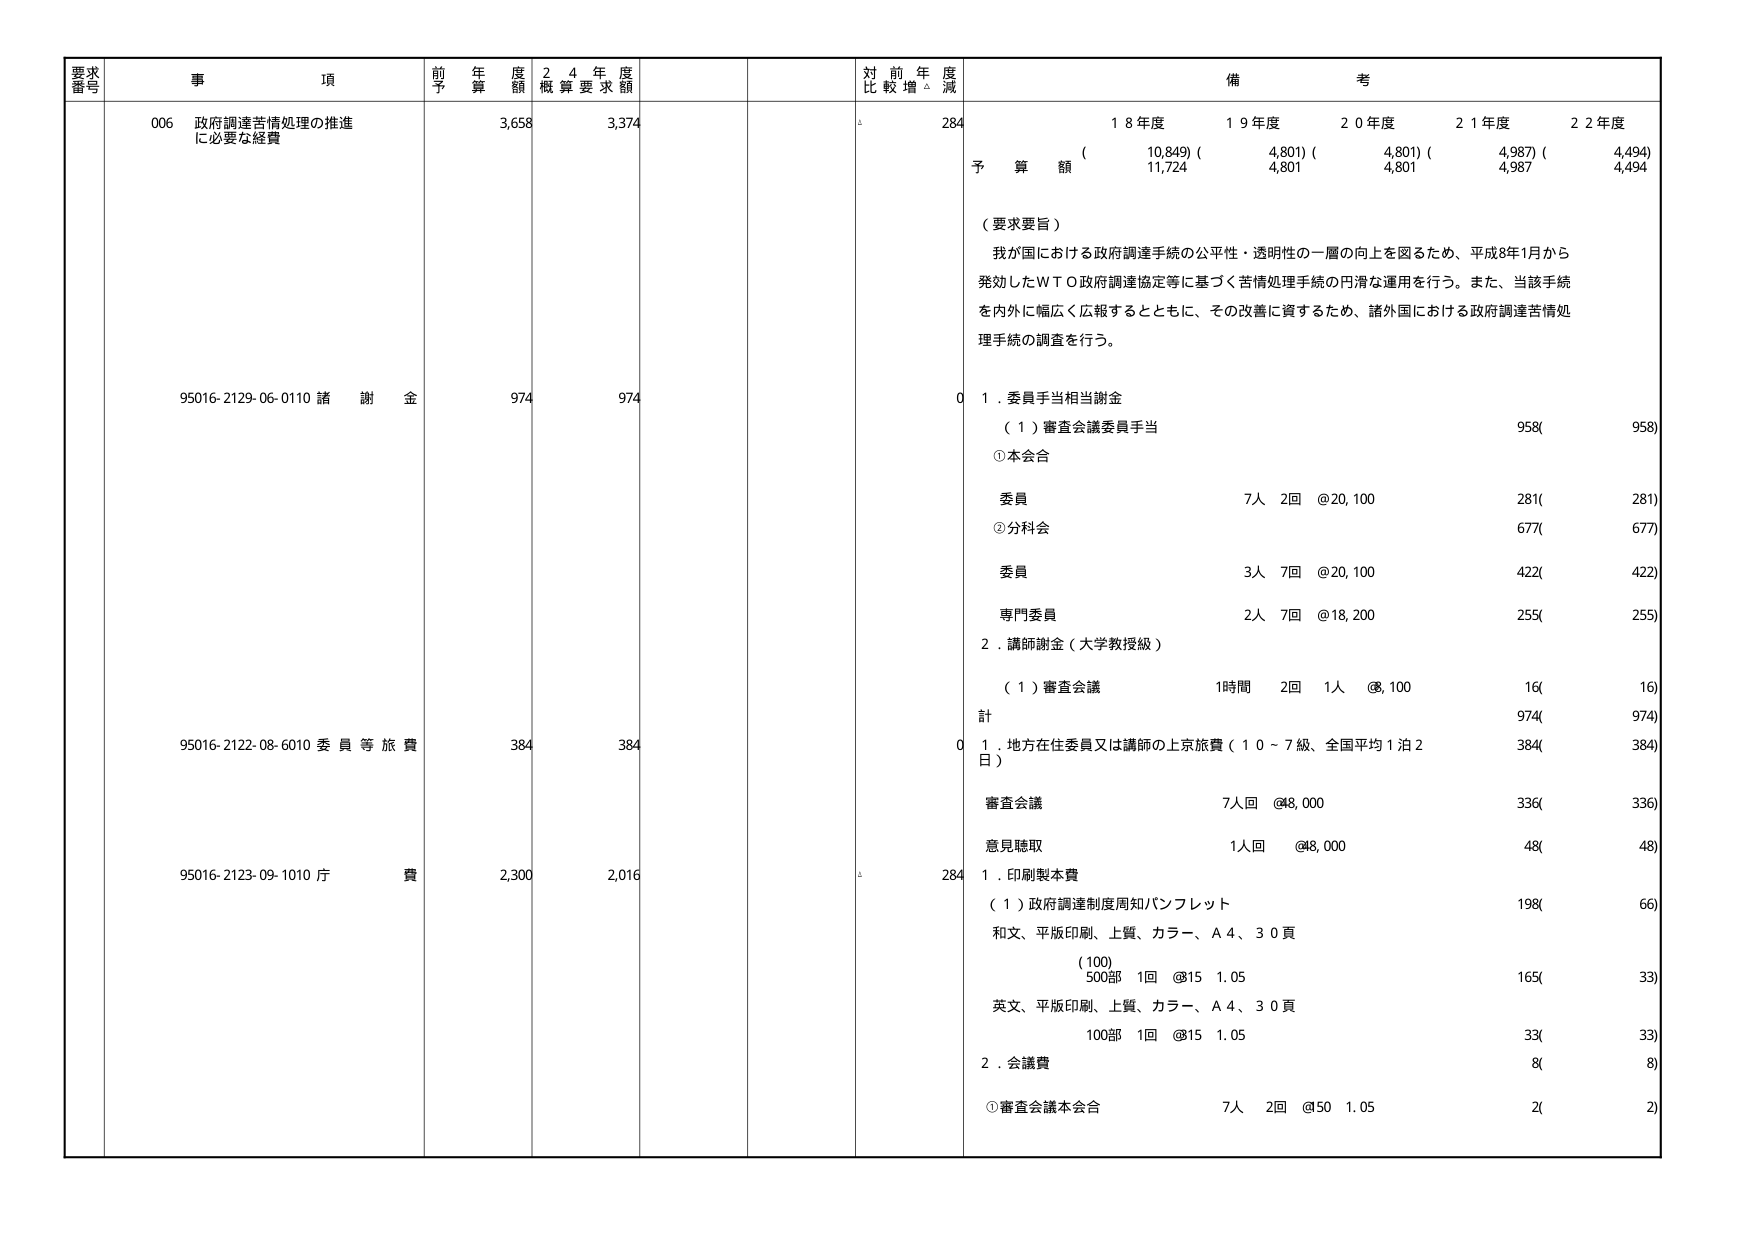
要求番号 事項 前年度予算額 24年度概算要求額 対前年度比較増減 備考
006 政府調達苦情処理の推進に必要な経費 3,658 3,374 284 18年度 19年度 20年度 21年度 22年度
(10,849)(4,801)(4,801)(4,987)(4,494)
予算額 11,724 4,801 4,801 4,987 4,494
（要求要旨）
我が国における政府調達手続の公平性・透明性の一層の向上を図るため、平成8年1月から発効したＷＴＯ政府調達協定等に基づく苦情処理手続の円滑な運用を行う。また、当該手続を内外に幅広く広報するとともに、その改善に資するため、諸外国における政府調達苦情処理手続の調査を行う。
95016-2129-06-0110 諸謝金 974 974 0 1．委員手当相当謝金
（1）審査会議委員手当 958( 958)
①本会合
委員 7人 2回 @20,100 281( 281)
②分科会 677( 677)
委員 3人 7回 @20,100 422( 422)
専門委員 2人 7回 @18,200 255( 255)
2．講師謝金（大学教授級）
（1）審査会議 1時間 2回 1人 @8,100 16( 16)
計 974( 974)
95016-2122-08-6010 委員等旅費 384 384 0 1．地方在住委員又は講師の上京旅費（10～7級、全国平均1泊2日）
審査会議 7人回 @48,000 336( 336)
意見聴取 1人回 @48,000 48( 48)
95016-2123-09-1010 庁費 2,300 2,016 284 1．印刷製本費
（1）政府調達制度周知パンフレット 198( 66)
和文、平版印刷、上質、カラー、Ａ４、３０頁
(100)
500部 1回 @315 1.05 165( 33)
英文、平版印刷、上質、カラー、Ａ４、３０頁
100部 1回 @315 1.05 33( 33)
2．会議費 8( 8)
①審査会議本会合 7人 2回 @50 1.05 2( 2)